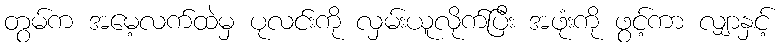
တွမ်က အမေ့လက်ထဲမှ ပုလင်းကို လှမ်းယူလိုက်ပြီး အဖုံးကို ဖွင့်ကာ လျှာနှင့်